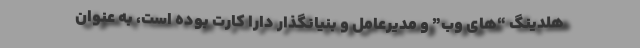
هلدینگ “های وب” و مدیرعامل و بنیانگذار دارا کارت بوده است، به عنوان